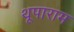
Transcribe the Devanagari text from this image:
थूपाराम